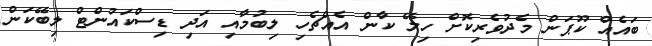
ބައެއް ކޫޕަން މެދުވެރިކޮށް ހިލޭ ކާން އެއްޗެހި ލިބުމާއި އަދި ޑިސްކައުންޓް ލިބޭކަން